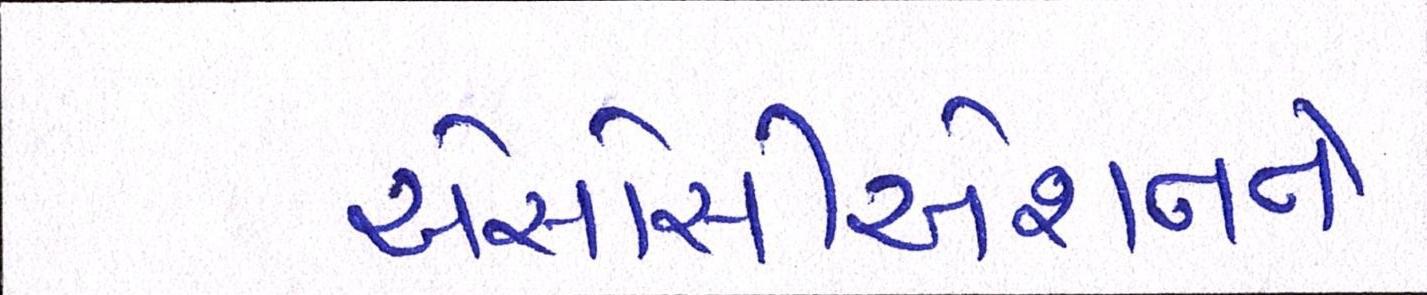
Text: એસોસીએશનને